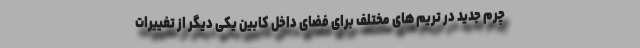
چرم جدید در تریم های مختلف برای فضای داخل کابین یکی دیگر از تغییرات